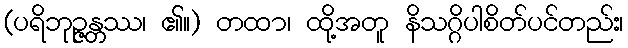
(ပရိဘုဉ္ဇန္တဿ၊ ၏။) တထာ၊ ထို့အတူ နိသဂ္ဂိပါစိတ်ပင်တည်း၊